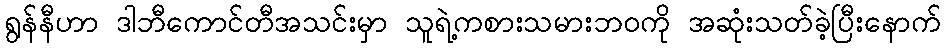
ရွန်နီဟာ ဒါဘီကောင်တီအသင်းမှာ သူရဲ့ကစားသမားဘဝကို အဆုံးသတ်ခဲ့ပြီးနောက်